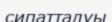
сипатталуы